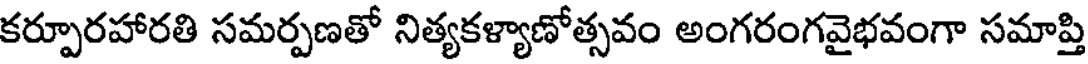
కర్పూరహారతి సమర్పణతో నిత్యకళ్యాణోత్సవం అంగరంగవైభవంగా సమాప్తి